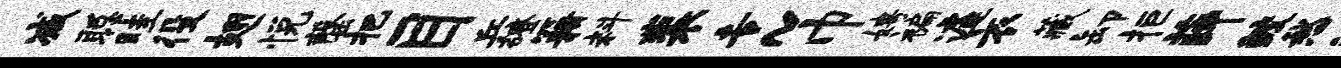
减聪畦役翅悦罄把目兵磴籍料裴专~巾娉褊遽衣藏卸拒薛鲛愁汲